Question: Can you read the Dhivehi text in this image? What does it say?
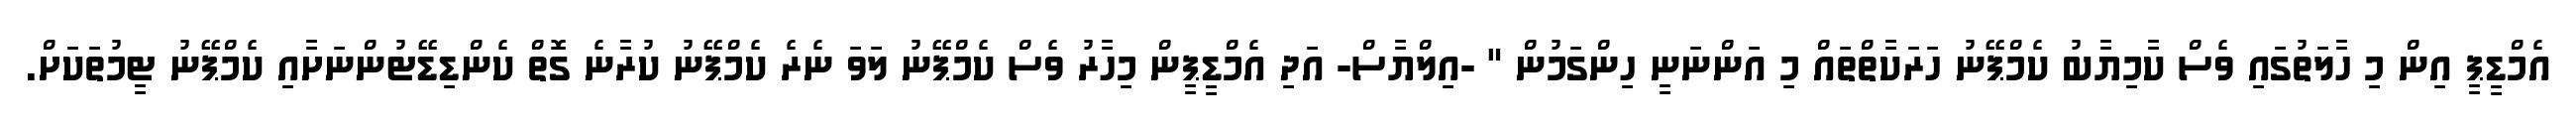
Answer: އެމްޑީޕީ އިން މި ހާލަތުގައި ވެސް ކާމިޔާބު ކެމްޕޭނު ހަރަކާތްތައް މި އަންނަނީ ހިންގަމުން " -އިލްޔާސް- އަދި އެމްޑީޕީން މިހާރު ވެސް ކެމްޕޭނު ލަވަ ނެރެ ކެމްޕޭނު ކުރާނެ ގޮތް ކެންޑިޑޭޓުންނަށާއި ކެމްޕޭނު ޓީމުތަކަށް.